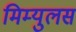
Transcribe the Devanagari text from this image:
मिम्युलस